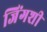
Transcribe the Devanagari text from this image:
जिंगशी